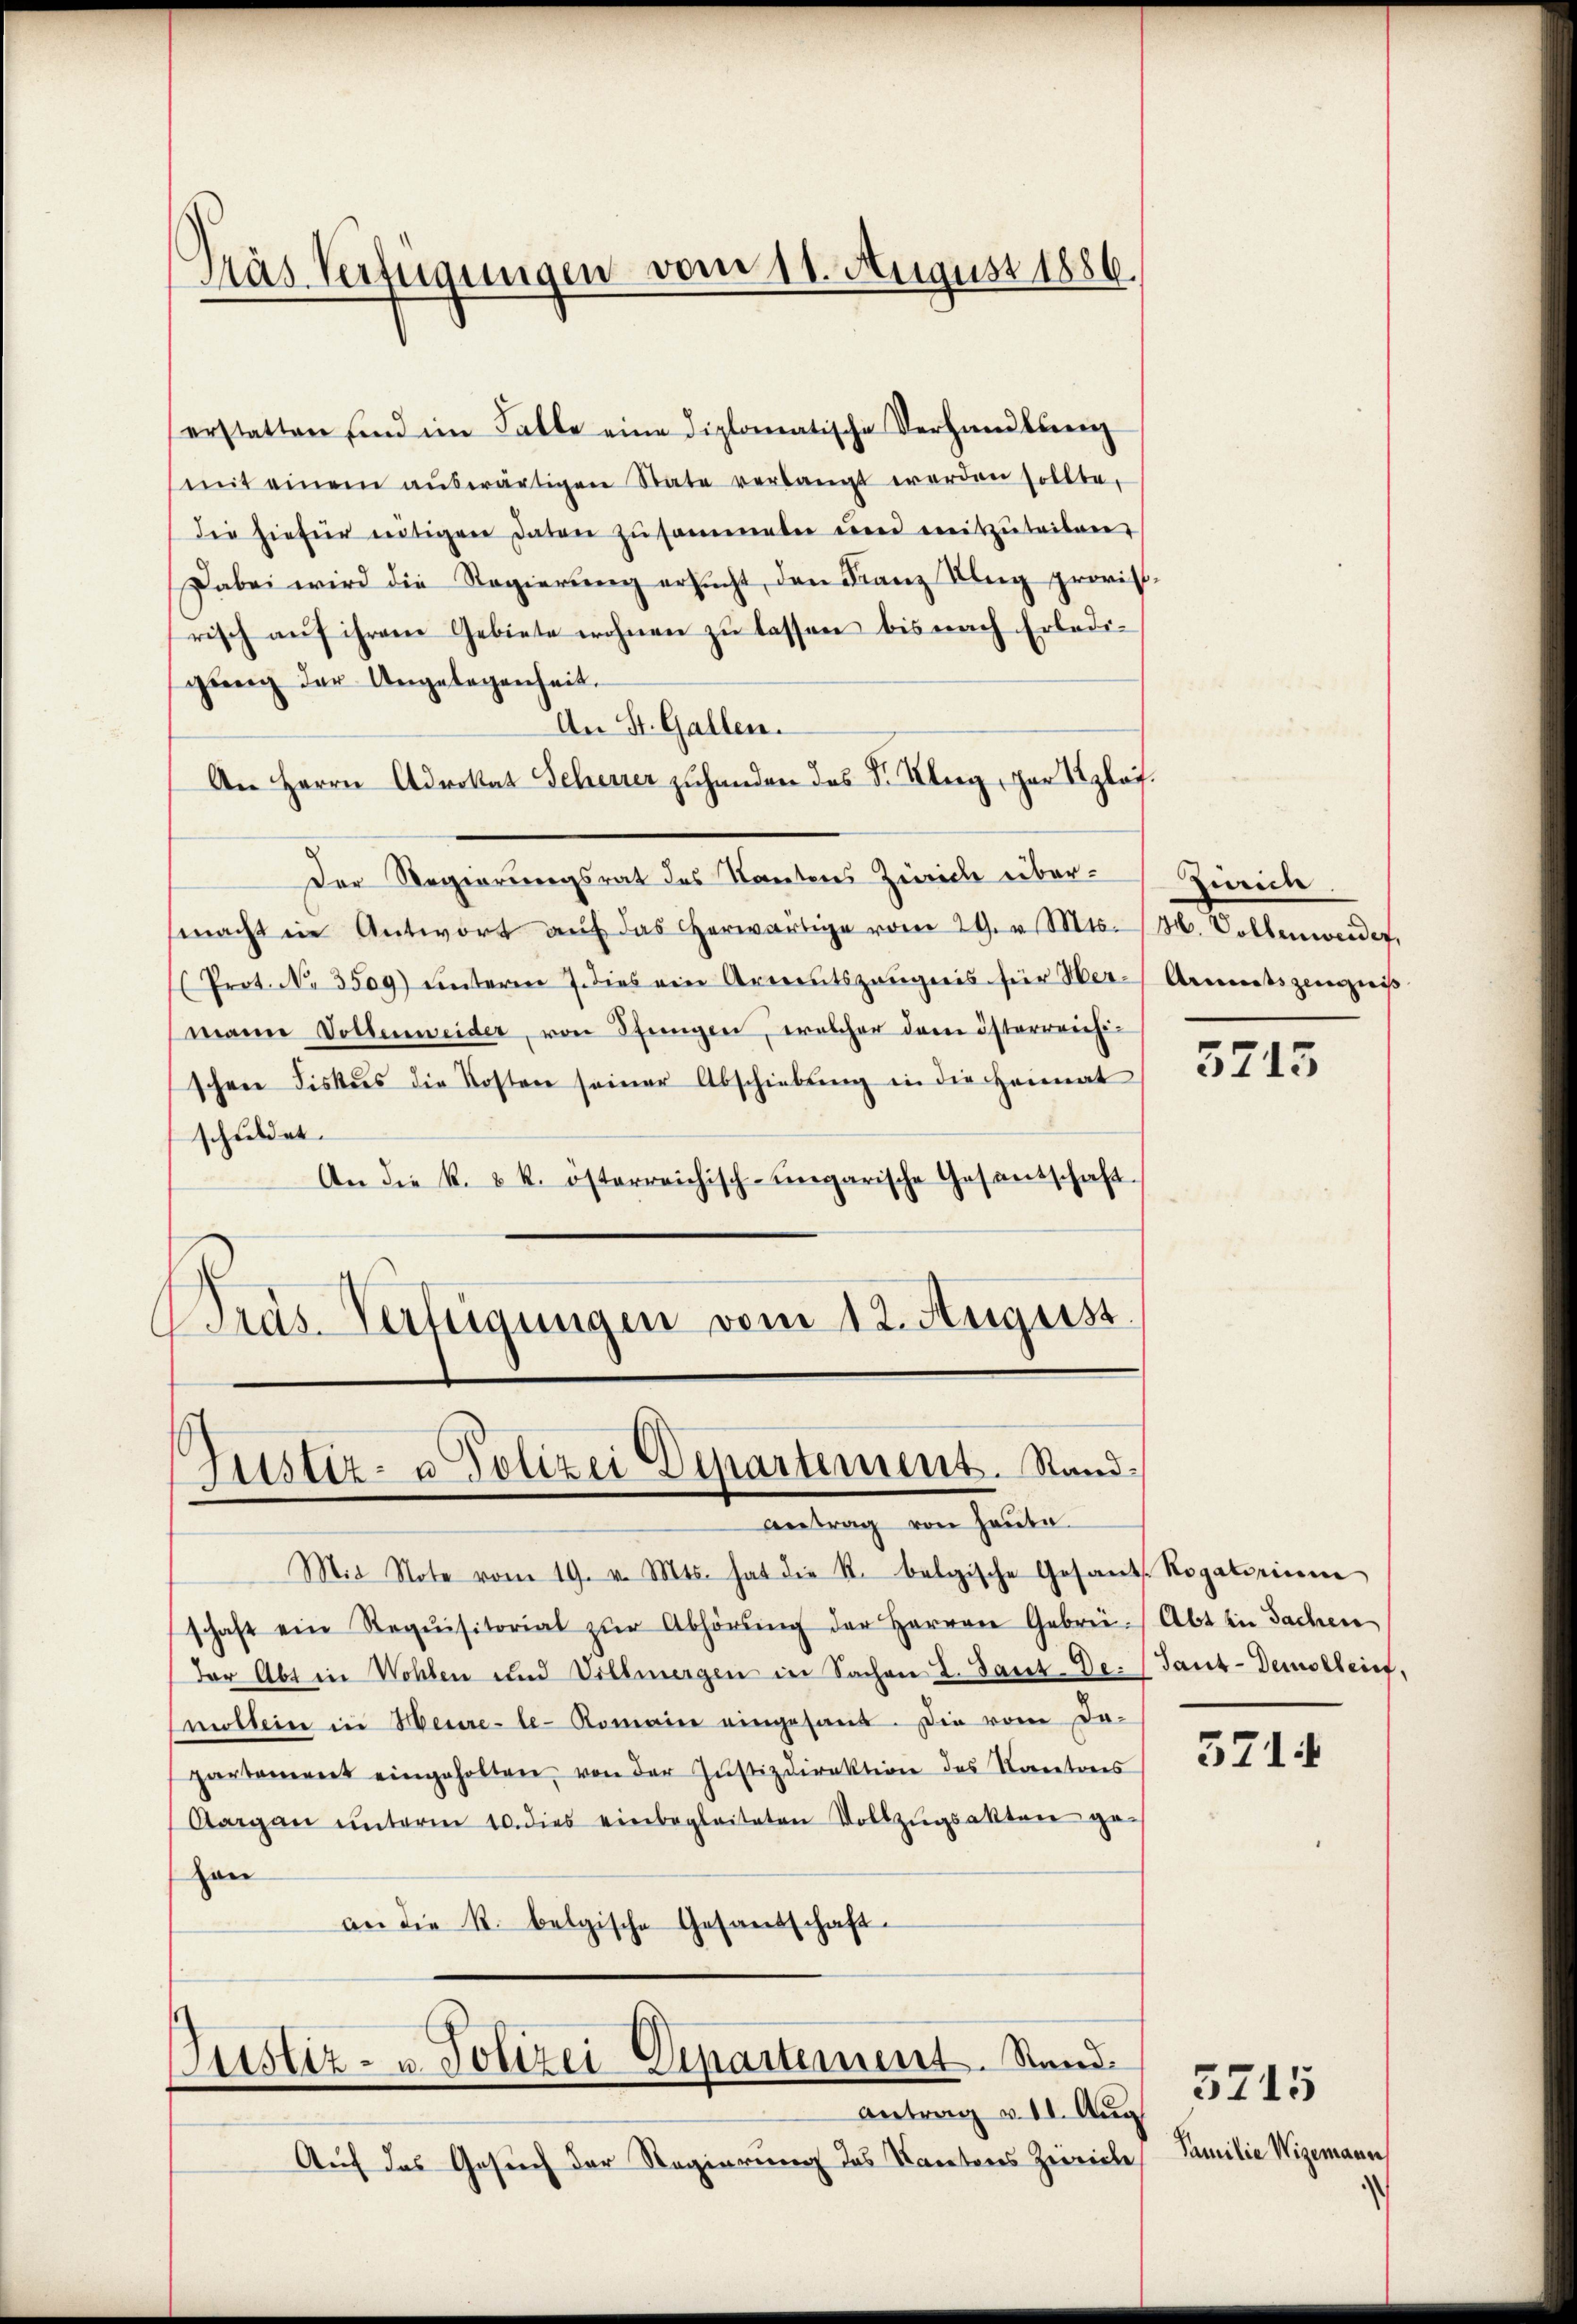
Träs Verfügungen vom 11. August 1886.

erstatten sind im Falle eine diplomatische Verhandlung
mit einem aŭswärtigen State verlangt werden sollte.
die hiefür nötigen Daten zusammelen und mitzuteibare
Dabei wird die Regierung ersucht, den Franz Ulng provistrisch auf ihrem Gebiete wohnen zu lassen bis nach Erledigŭng der Angelegenheit.
An St. Gallen.
An Herrn Advokat Scherrer zuhanden das Sr. Klag, par Szlaf¬
Der Regierungsrat des Kantons Zürich übermacht in Antwort aŭf das herwärtige vom 29. v. Mts. M. Vollenweider,
Prot. No. 3509) unterm 7. dies ein Arrentszeŭgnis für Her-Armentszeugieiβ
mann Vollenweider, von Stangen, welcher dem österreichi-
schen Fiskus die Kosten seiner Abschiebŭng in die Heimat
schuldet.
An die k. k. österreichisch-ungarische Gesandschaft-
Bras-Verfügungen vom 12. August.

Justiz- u Polizei Departement. Stand¬
Antrag von Haute

Justiz- u. Polizei Departement. Sand¬
Antrag v. 11. Aug.

Mit Note vom 19. v. Mts. hat die R. belgische Gesant. Rogatorium
schaft ein Requisitorial zŭr Abhörŭng der Herren Gebrei. Abt in Sachen
(der Abt in Wohlen und Villmergen in Sachen L. Gant-De. (Tant-Demollrief,
mittein in Meure-le-Romaine eingesand. Die vom Da-
partement eingeholten, von der Justizdirektion des Kantons
Aargaŭ ŭnterm 10. dies einbegleiteten Vollzŭgsakten ge¬
Han
an die R. belgische Gesandschaft.

Auf das Gesuch der Regierung des Kantores Zerreche

Zinien

5715

371.

Familie Wigemann

3715